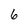
Character: 6